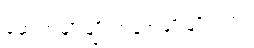
ဆေးအမျိုးမျိုး အနံ့အမျိုးမျိုးပါဘဲ။